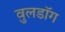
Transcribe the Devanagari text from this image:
वुलडॉग